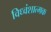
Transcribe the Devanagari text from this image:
विध्वंशात्मक